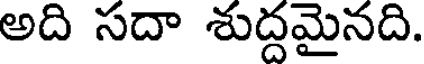
అది సదా శుద్దమైనది.